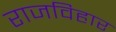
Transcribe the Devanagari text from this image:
राजविहार